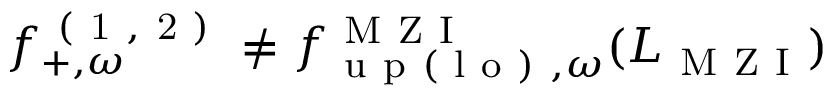
f _ { + , \omega } ^ { \mathrm { ~ ( ~ 1 ~ , ~ 2 ~ ) ~ } } \neq { f } _ { \mathrm { ~ u ~ p ~ ( ~ l ~ o ~ ) ~ } , \omega } ^ { \mathrm { ~ M ~ Z ~ I ~ } } ( L _ { \mathrm { ~ M ~ Z ~ I ~ } } )